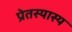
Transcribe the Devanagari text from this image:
प्रेतस्यास्य